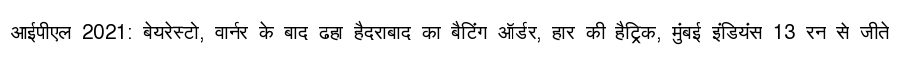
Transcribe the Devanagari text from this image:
आईपीएल 2021: बेयरेस्टो, वार्नर के बाद ढहा हैदराबाद का बैटिंग ऑर्डर, हार की हैट्रिक, मुंबई इंडियंस 13 रन से जीते